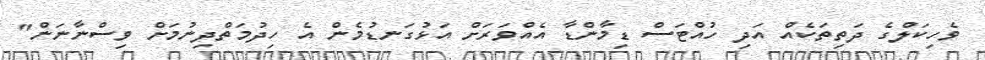
ވެހިކަލްގެ ދަތިތަކެއް އަދި ހުއްޓަސް ޑިމާންޑާ އެއްވަރަށް އަޅުގަނޑުމެން އެ ހިދުމަތްދިނުމަށް ވިސްނާނަން"